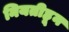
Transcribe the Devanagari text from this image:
नियतीहून